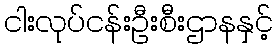
ငါးလုပ်ငန်းဦးစီးဌာနနှင့်